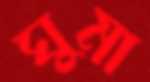
ঘুমা